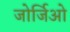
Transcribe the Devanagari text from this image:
जोर्जिओ